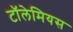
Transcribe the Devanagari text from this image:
टॉलेमियस